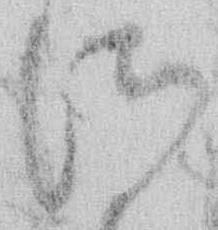
さ